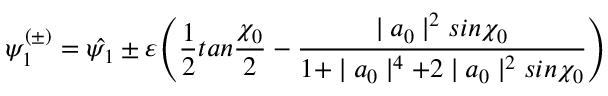
\psi _ { 1 } ^ { ( \pm ) } = \hat { \psi _ { 1 } } \pm \varepsilon \Biggl ( \frac { 1 } { 2 } t a n \frac { \chi _ { 0 } } { 2 } - \frac { \mid a _ { 0 } \mid ^ { 2 } s i n \chi _ { 0 } } { 1 + \mid a _ { 0 } \mid ^ { 4 } + 2 \mid a _ { 0 } \mid ^ { 2 } s i n \chi _ { 0 } } \Biggr )